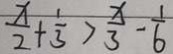
\frac { x } { 2 } + \frac { 1 } { 3 } > \frac { x } { 3 } - \frac { 1 } { 6 }